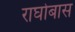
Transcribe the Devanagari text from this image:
राघोबास